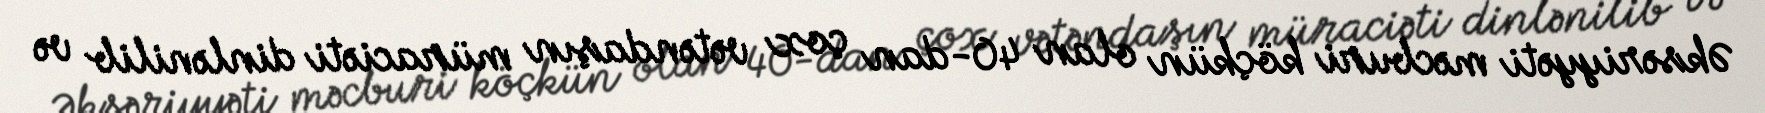
Əksəriyyəti məcburi köçkün olan 40-dan çox vətəndaşın müraciəti dinlənilib və